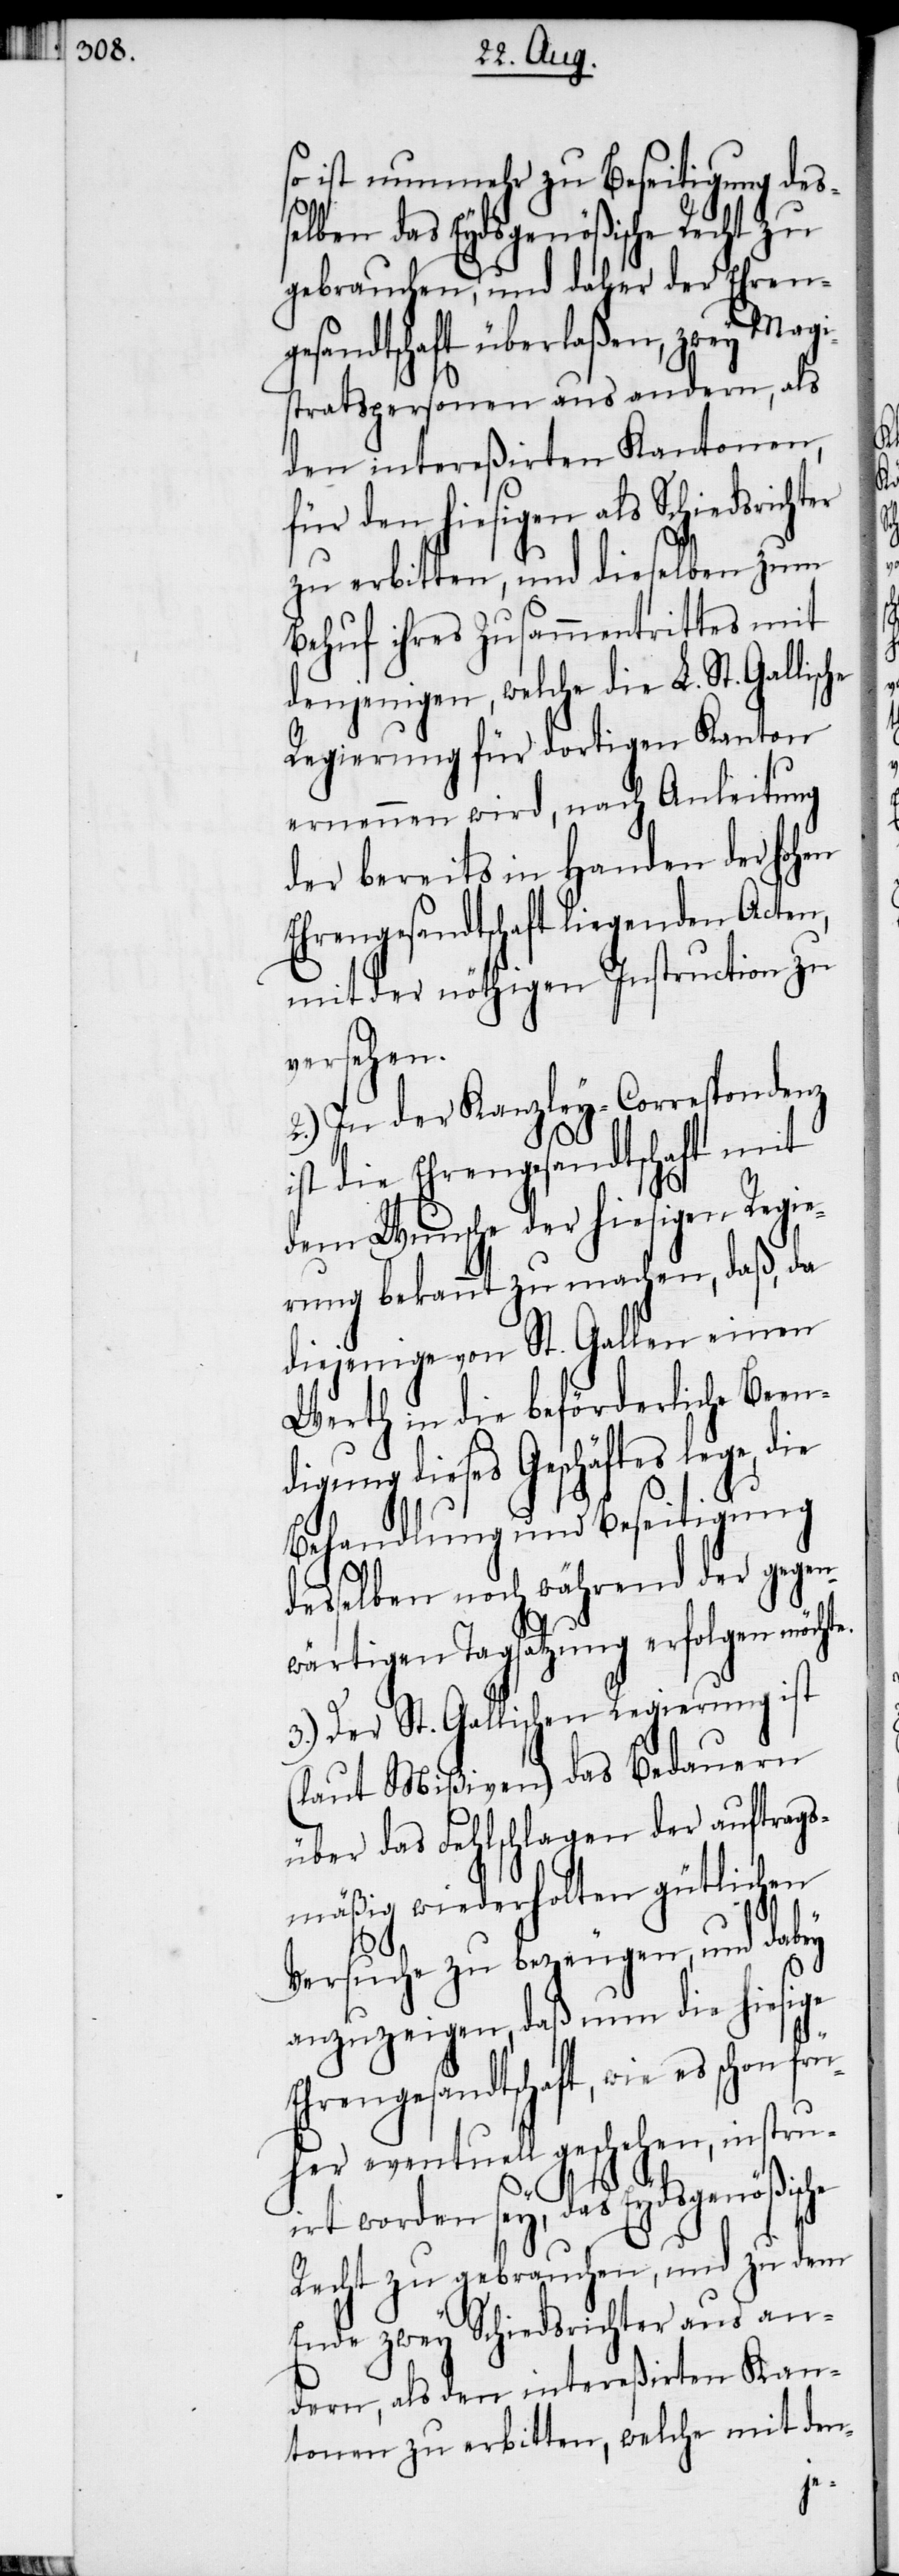
so ist nunmehr zu Beseitigung des¬
selben das Eydsgenößische Recht zu
gebrauchen, und daher der Ehren¬
gesandtschaft überlaßen, zwey Magi¬
stratspersonen aus andern, als
den intereßirten Kanton¬
für den hiesigen als Schiedsrichter
zu erbitten, und dieselben zum
Behuf ihres Zusammentrittes mit
denjenigen, welche die L. St. Gallisc¬
Regierung für dortigen Kanton
ernennen wird, nach Anleitung
der bereits in Handen der hohen
Ehrengesandtschaft liegenden Acten,
mit der nöthigen Instruction zu
versehen.
2.) In der Knazley-Correspondenz
st die Ehrengesandtschaft mit
dem Wunsche der hiesigen Regie¬
rung bekannt zu machen, daß, da
diejenige von St. Gallen
Werth in die beförderliche Bee¬
n¬
digung dieses Geschäftes
Behandlung und Beseitigung
dern,
desselben noch während der gegen¬
wärtigen Tagsatzung erfolgen möch¬
3.) Der St. Gallischen Regie¬
(laut Mißiven) das Be¬
gen der auftrags¬
mäßig wiederholten gütlichen
Versuche zu bezeugen, und dabey
anzuzeigen, daß nun die hiesige
Ehrengesandtschaft, wie es schon fr¬
üher eventuell geschehen, instru¬
irt worden sey, das Eydsgenößische
Recht zu gebrauchen, und zu dem
Ende zwey Schiedsrichter aus an¬
en zu erbitten, welche mit den-

te.